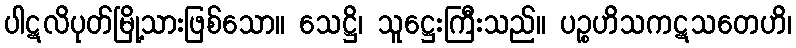
ပါဋလိပုတ်မြို့သားဖြစ်သော။ သေဋ္ဌိ၊ သူဋ္ဌေးကြီးသည်။ ပဉ္စဟိသကဋသတေဟိ၊